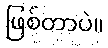
ဖြစ်တာပဲ။